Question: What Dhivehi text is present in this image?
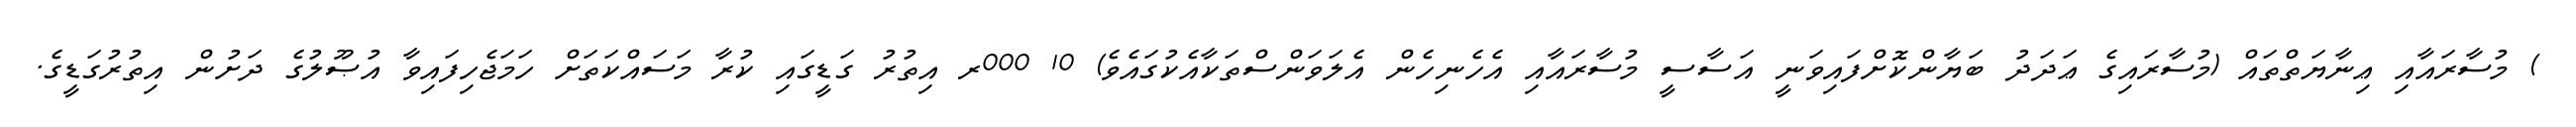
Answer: ) މުސާރައާއި ޢިނާޔަތްތައް (މުސާރައިގެ ޢަދަދު ބަޔާންކޮށްފައިވަނީ އަސާސީ މުސާރައާއި އެހެނިހެން އެލަވަންސްތަކާއެކުގައެވެ) 10 000ރ އިތުރު ގަޑީގައި ކުރާ މަސައްކަތަށް ހަމަޖެހިފައިވާ އުޞޫލުގެ ދަށުން އިތުރުގަޑީގެ.